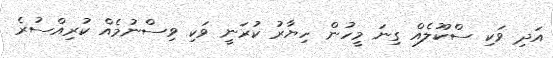
އަދި ވަކި ސްކޫލެއް ގިނަ މީހުން ހިޔާރު ކުރަނީ ވަކި ވިސްނުމެއް ކުރިއްސުރެ